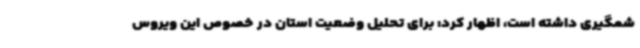
شمگیری داشته است، اظهار کرد: برای تحلیل وضعیت استان در خصوص این ویروس